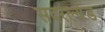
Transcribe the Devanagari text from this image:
सदरल्यंड